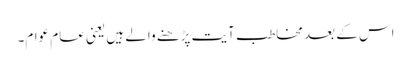
اس کے بعد مخاطب آیت پڑھنے والے ہیں یعنی عام عوام۔